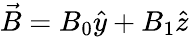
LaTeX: \vec{B}=B_{0}\hat{y}+B_{1}\hat{z}